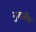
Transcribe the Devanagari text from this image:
गुडलेंथ